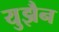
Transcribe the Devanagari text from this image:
युझैन